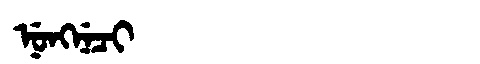
Manchu: ᠨᡠᠩᠨᡝᠴᡳ
Romanization: NUNGNECI